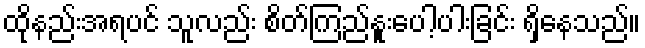
ထိုနည်းအရပင် သူလည်း စိတ်ကြည်နူးပေါ့ပါးခြင်း ရှိနေသည်။